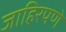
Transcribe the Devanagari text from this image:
जाहिरपणे